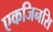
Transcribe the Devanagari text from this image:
एकजिनसि